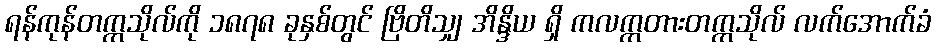
ရန်ကုန်တက္ကသိုလ်ကို ၁၈၇၈ ခုနှစ်တွင် ဗြိတိသျှ အိန္ဒိယ ရှိ ကလက္ကတားတက္ကသိုလ် လက်အောက်ခံ